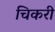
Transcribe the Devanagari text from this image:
चिकरी